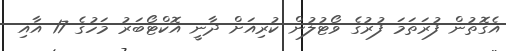
އެގޮތުން ފުރަތަމަ ފުރުގެ ވޯޓުލުން ކުރިއަށް ދާނީ އޮކްޓޯބަރު މަހުގެ 17 އާއި